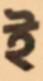
ই